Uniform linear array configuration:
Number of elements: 12
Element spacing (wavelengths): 0.25
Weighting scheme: blackman
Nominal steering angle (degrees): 30
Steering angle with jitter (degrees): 30.456
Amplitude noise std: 0.05
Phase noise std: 0.05

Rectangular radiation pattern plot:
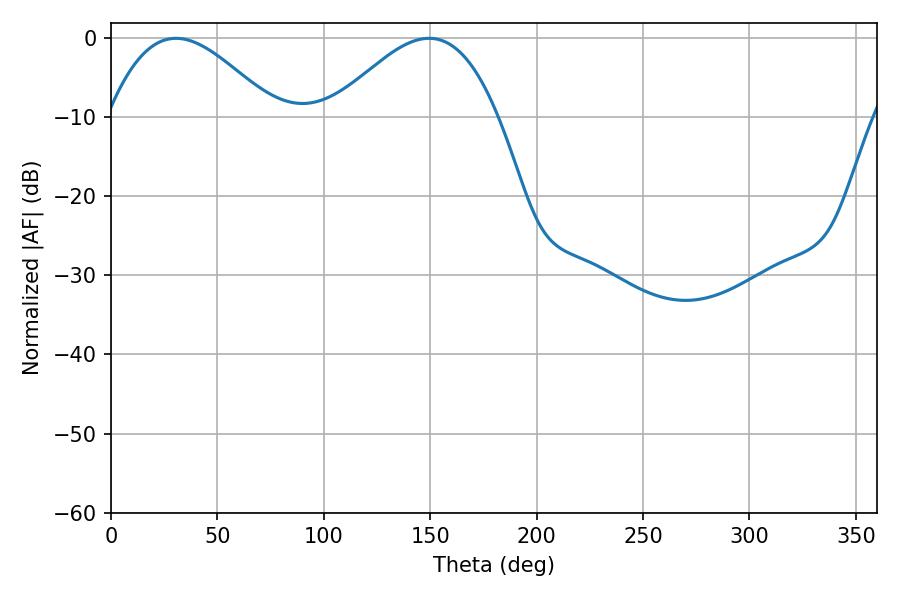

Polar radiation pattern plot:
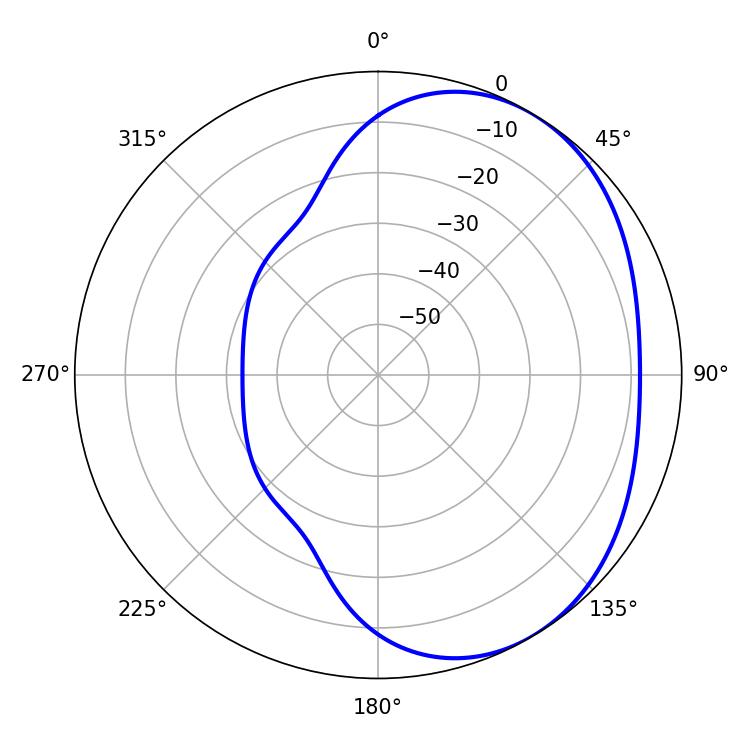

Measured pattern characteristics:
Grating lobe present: FALSE
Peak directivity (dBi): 3.337
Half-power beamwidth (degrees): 42.3
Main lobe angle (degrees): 30.6